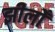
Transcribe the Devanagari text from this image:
झीलोँ